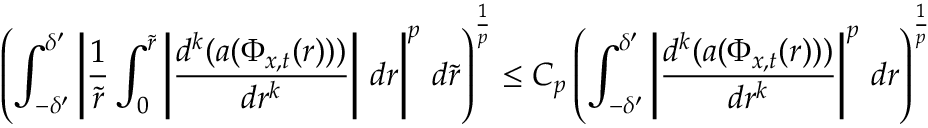
\left( \int _ { - \delta ^ { \prime } } ^ { \delta ^ { \prime } } \left| \frac 1 { \tilde { r } } \int _ { 0 } ^ { \tilde { r } } \left| \frac { d ^ { k } ( a ( \Phi _ { x , t } ( r ) ) ) } { d r ^ { k } } \right| \, d r \right| ^ { p } \, d \tilde { r } \right) ^ { \frac 1 p } \leq C _ { p } \left( \int _ { - \delta ^ { \prime } } ^ { \delta ^ { \prime } } \left| \frac { d ^ { k } ( a ( \Phi _ { x , t } ( r ) ) ) } { d r ^ { k } } \right| ^ { p } \, d r \right) ^ { \frac 1 p }